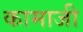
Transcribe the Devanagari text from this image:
कामाजी